[Report on the health of British troops in the Madras command]
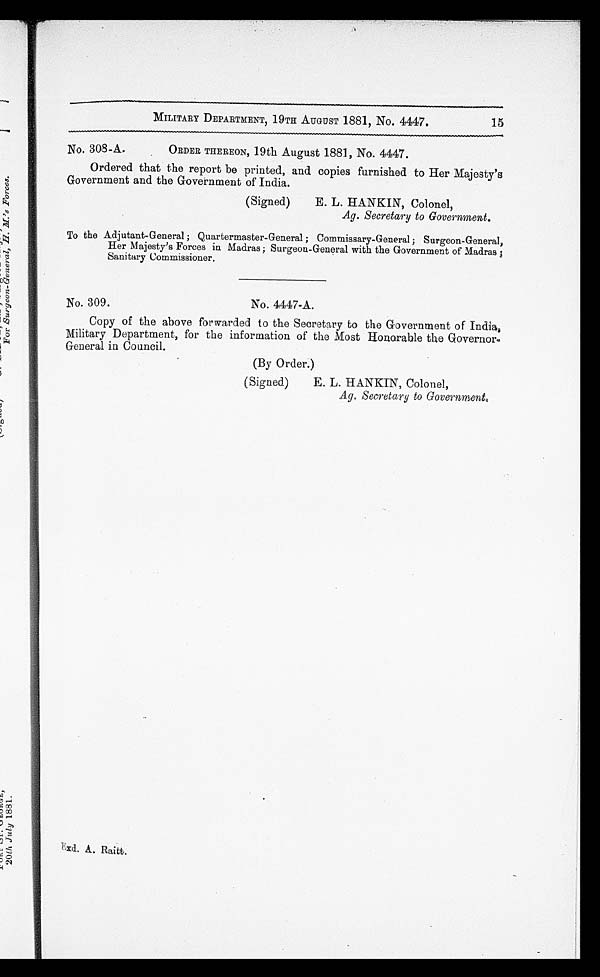
MILITARY DEPARTMENT, 19TH AUGUST 1881, No. 4447.
No. 308-A.
ORDER THEREON, 19th August 1881, No. 4447.
Ordered that the report be printed, and copies furnished to Her Majesty's
Government and the Government of India.
(Signed)
E. L. HANKIN, Colonel,
Ag. Secretary to Government.
To the Adjutant-General ; Quartermaster-General ; Commissary-General; Surgeon-General,
Her Majesty's Forces in Madras ; Surgeon-General with the Government of Madras
;Sanitary Commissioner.
No. 309.
No. 4447-A.
Copy of the above forwarded to the Secretary to the Government of India,
Military Department, for the information of the Most Honorable the Governor-
General in Council.
(By Order.)
(Signed)
E. L. HANKIN, Colonel,
Ag. Secretary to Government.
15
Exd. A. Raitt.